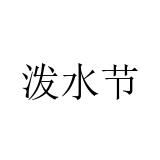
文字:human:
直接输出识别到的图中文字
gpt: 泼水节